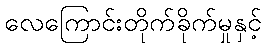
လေကြောင်းတိုက်ခိုက်မှုနှင့်